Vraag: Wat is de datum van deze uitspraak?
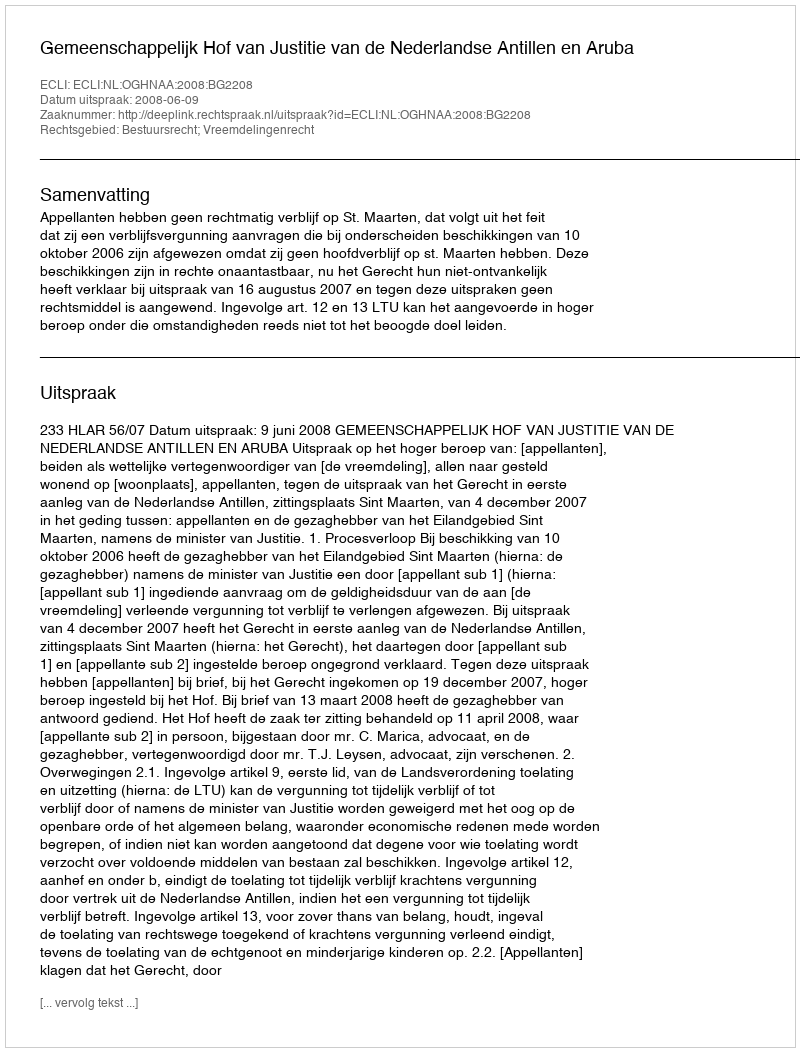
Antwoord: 2008-06-09